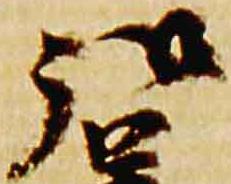
弘